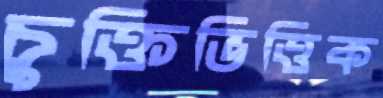
চুক্তিভিত্তিক